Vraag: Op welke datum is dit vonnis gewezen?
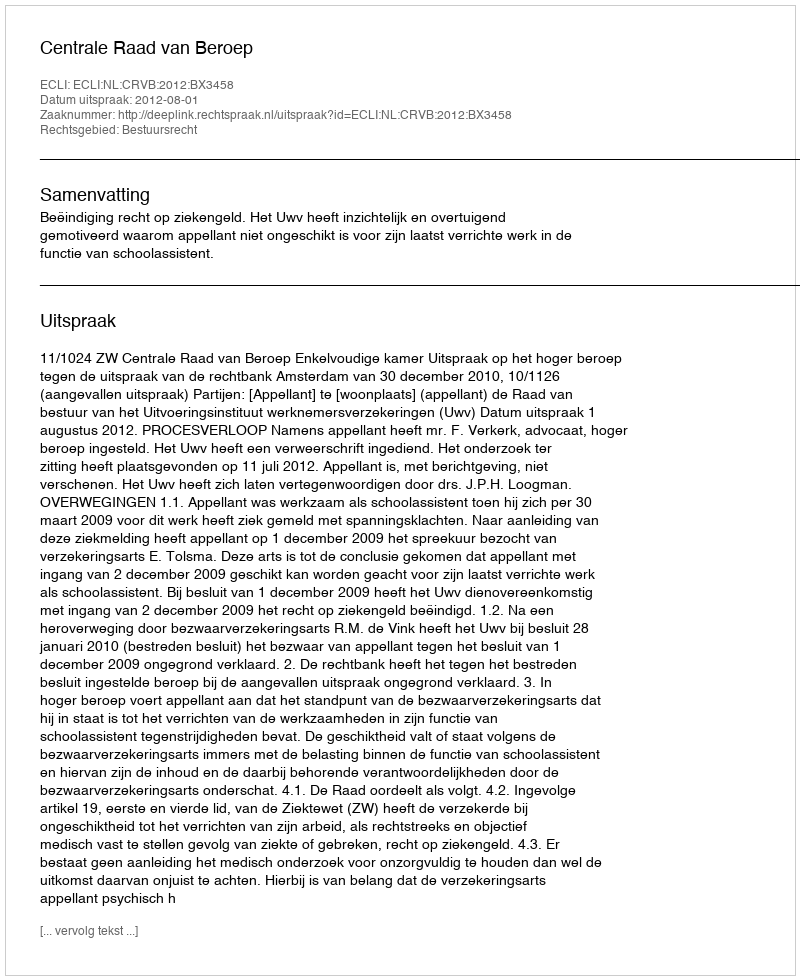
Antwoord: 2012-08-01